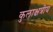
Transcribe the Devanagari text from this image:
कुलाक्षत्रीय